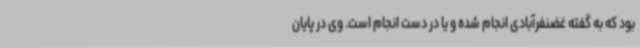
بود که به گفته غضنفرآبادی انجام شده و یا در دست انجام است. وی در پایان